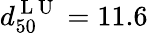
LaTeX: d_{50}^{\mathrm{~L~U~}}=11.6